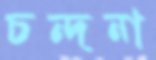
চন্দনা